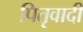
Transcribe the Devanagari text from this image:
पितृवादी